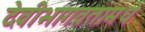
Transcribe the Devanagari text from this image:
देवीभागवतामधे